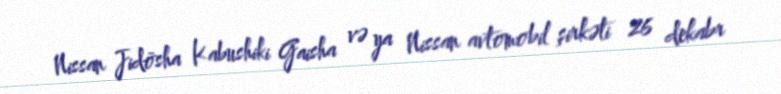
Nissan Jidōsha Kabushiki Gaisha və ya Nissan avtomobil şirkəti 26 dekabr